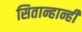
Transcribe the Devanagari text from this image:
सितान्हान्ही